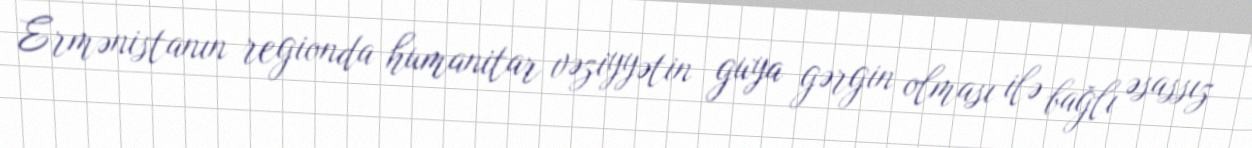
Ermənistanın regionda humanitar vəziyyətin guya gərgin olması ilə bağlı əsassız